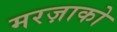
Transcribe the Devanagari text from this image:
मरज़ाको